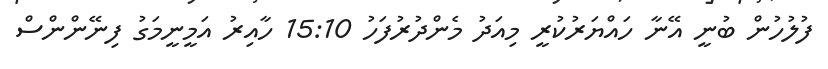
ފުލުހުން ބުނީ އޭނާ ހައްޔަރުކުރީ މިއަދު މެންދުރުފަހު 15:10 ހާއިރު އަމީނީމަގު ފިނޭންންސް